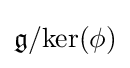
{\mathfrak {g}}/{\text{ker}}(\phi )